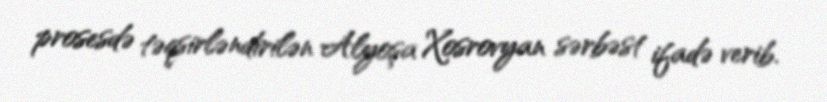
prosesdə təqsirləndirilən Alyoşa Xosrovyan sərbəst ifadə verib.